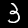
Label: 3